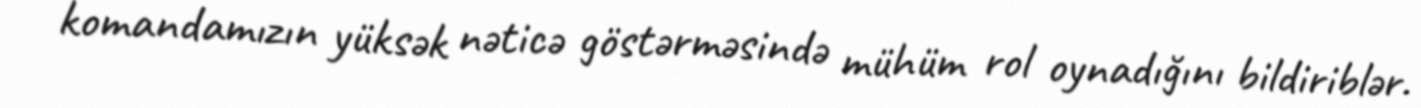
komandamızın yüksək nəticə göstərməsində mühüm rol oynadığını bildiriblər.